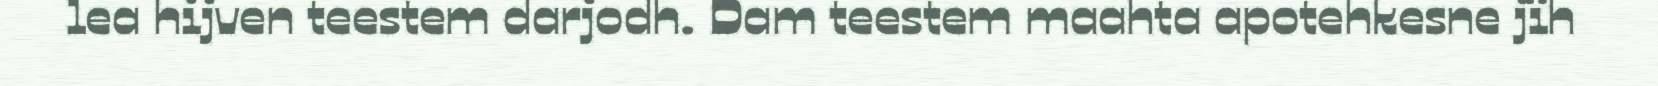
lea hijven teestem darjodh. Dam teestem maahta apotehkesne jïh